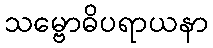
သမ္ဗောဓိပရာယနာ